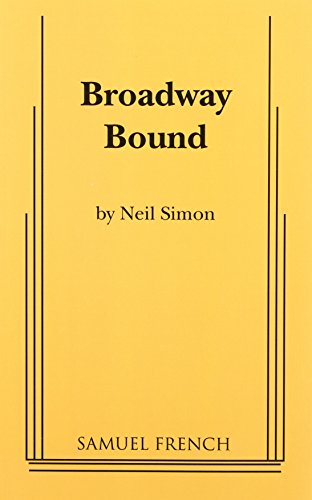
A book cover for Broadway Bound; Neil Simon; Literature & Fiction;